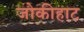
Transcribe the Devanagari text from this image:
जोकीहाट